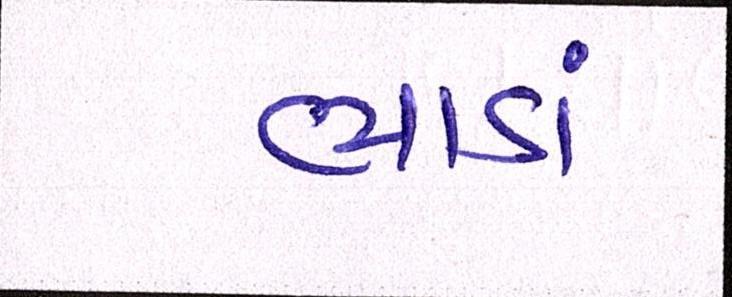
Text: ભાડાં